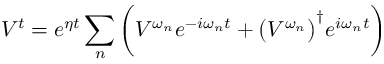
V ^ { t } = e ^ { \eta t } \sum _ { n } \bigg ( V ^ { \omega _ { n } } e ^ { - i \omega _ { n } t } + \big ( V ^ { \omega _ { n } } \big ) ^ { \dagger } e ^ { i \omega _ { n } t } \bigg )